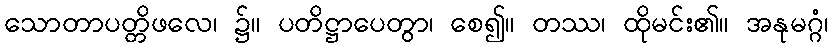
သောတာပတ္တိဖလေ၊ ၌။ ပတိဋ္ဌာပေတွာ၊ စေ၍။ တဿ၊ ထိုမင်း၏။ အနုမဂ္ဂံ၊